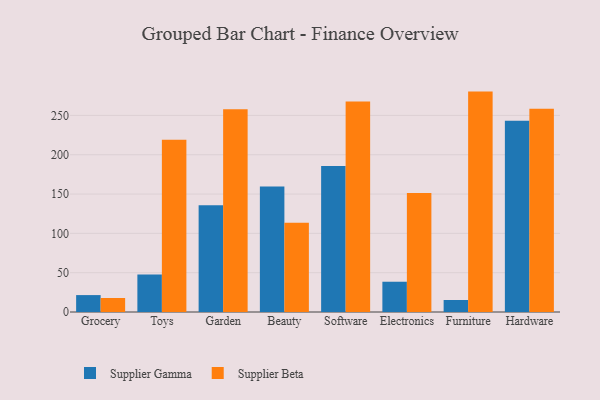
{"axis": {"x": "Category", "y": "Bounce Rate (%)"}, "legend": ["Supplier Beta", "Supplier Gamma"], "data": [{"x": "Grocery", "y": 21.5, "type": "Supplier Gamma"}, {"x": "Grocery", "y": 17.8, "type": "Supplier Beta"}, {"x": "Toys", "y": 47.7, "type": "Supplier Gamma"}, {"x": "Toys", "y": 219.1, "type": "Supplier Beta"}, {"x": "Garden", "y": 135.9, "type": "Supplier Gamma"}, {"x": "Garden", "y": 257.9, "type": "Supplier Beta"}, {"x": "Beauty", "y": 159.5, "type": "Supplier Gamma"}, {"x": "Beauty", "y": 113.5, "type": "Supplier Beta"}, {"x": "Software", "y": 185.8, "type": "Supplier Gamma"}, {"x": "Software", "y": 267.7, "type": "Supplier Beta"}, {"x": "Electronics", "y": 38.5, "type": "Supplier Gamma"}, {"x": "Electronics", "y": 151.2, "type": "Supplier Beta"}, {"x": "Furniture", "y": 15.3, "type": "Supplier Gamma"}, {"x": "Furniture", "y": 280.3, "type": "Supplier Beta"}, {"x": "Hardware", "y": 243.2, "type": "Supplier Gamma"}, {"x": "Hardware", "y": 258.6, "type": "Supplier Beta"}]}